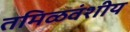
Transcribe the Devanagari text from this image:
तमिळवंशीय